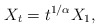
\begin{align*}X_t=t^{1/\alpha}X_1,\end{align*}